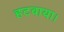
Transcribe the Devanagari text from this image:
हटवाया।